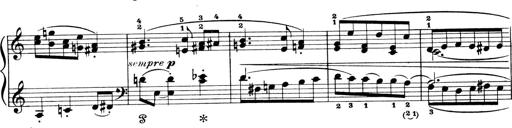
Title: 4 Sonatines
Composer: Max Reger